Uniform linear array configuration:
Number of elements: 48
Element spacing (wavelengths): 0.5
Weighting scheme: blackman
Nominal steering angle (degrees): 45
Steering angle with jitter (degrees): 46.008
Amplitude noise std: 0.05
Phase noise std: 0.05

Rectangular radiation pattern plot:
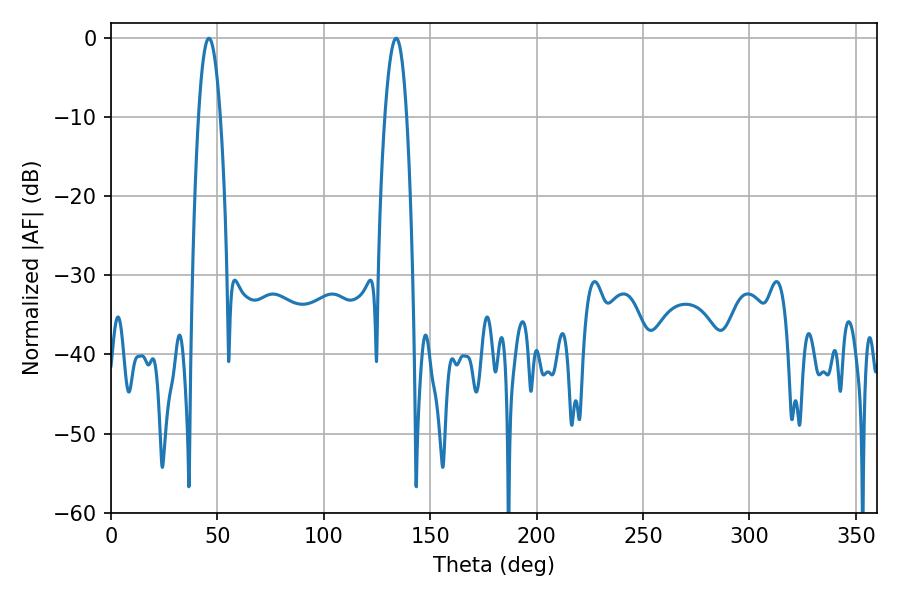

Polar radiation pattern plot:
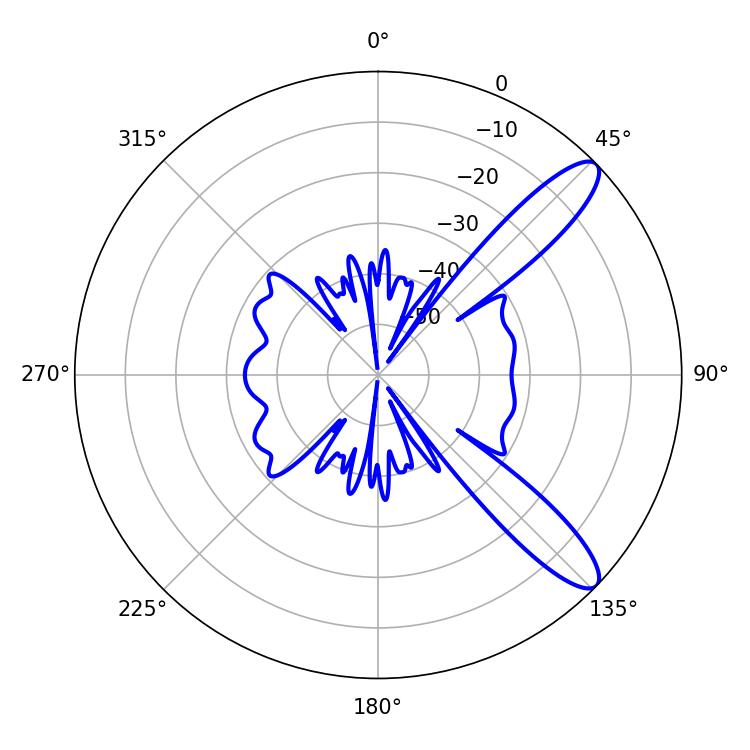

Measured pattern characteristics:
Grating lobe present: FALSE
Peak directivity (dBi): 11.161
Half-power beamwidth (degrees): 5.76
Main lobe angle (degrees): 46.08